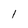
Character: l